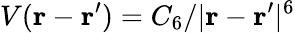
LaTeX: V(\mathbf{r}-\mathbf{r^{\prime}})=C_{6}/|\mathbf{r}-\mathbf{r}^{\prime}|^{6}